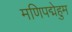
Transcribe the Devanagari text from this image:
मणिपद्मेहुम